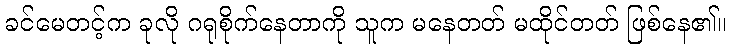
ခင်မေတင့်က ခုလို ဂရုစိုက်နေတာကို သူက မနေတတ် မထိုင်တတ် ဖြစ်နေ၏။